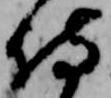
侍